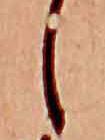
し